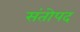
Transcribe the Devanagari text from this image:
संतोपद